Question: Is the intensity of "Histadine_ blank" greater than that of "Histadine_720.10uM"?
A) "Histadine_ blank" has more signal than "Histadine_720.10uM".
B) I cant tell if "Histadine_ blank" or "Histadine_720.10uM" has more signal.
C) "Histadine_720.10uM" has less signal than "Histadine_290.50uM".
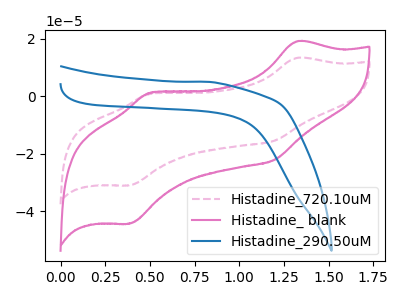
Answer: <think>The pink dashed curve "Histadine_720.10uM" has anodic peaks at (1.30V, 13.40uA) (0.50V, 0.85uA) and cathodic peaks at (1.20V, -15.40uA) (0.40V, -30.95uA). The pink curve "Histadine_ blank" has anodic peaks at (1.30V, 19.15uA) (0.50V, 1.25uA) and cathodic peaks at (1.20V, -22.05uA) (0.40V, -44.30uA). The blue curve "Histadine_290.50uM" has no peaks.
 All the peaks in "Histadine_ blank" have a peak in "Histadine_720.10uM" at the same potential. Every peak in "Histadine_ blank" is higher than every peak in "Histadine_720.10uM".</think>
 <answer>A) "Histadine_ blank" has more signal than "Histadine_720.10uM".</answer>
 <eval>A</eval>